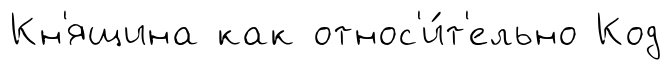
Кн'ящина как относ'и́т'ельно Код